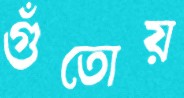
গুঁতোয়